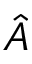
\hat { A }